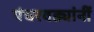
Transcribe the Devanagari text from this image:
पंधरवड्यांनीं